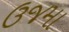
ઉજમા